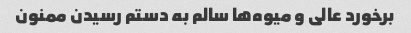
برخورد عالی و میوه‌ها سالم به دستم رسیدن ممنون